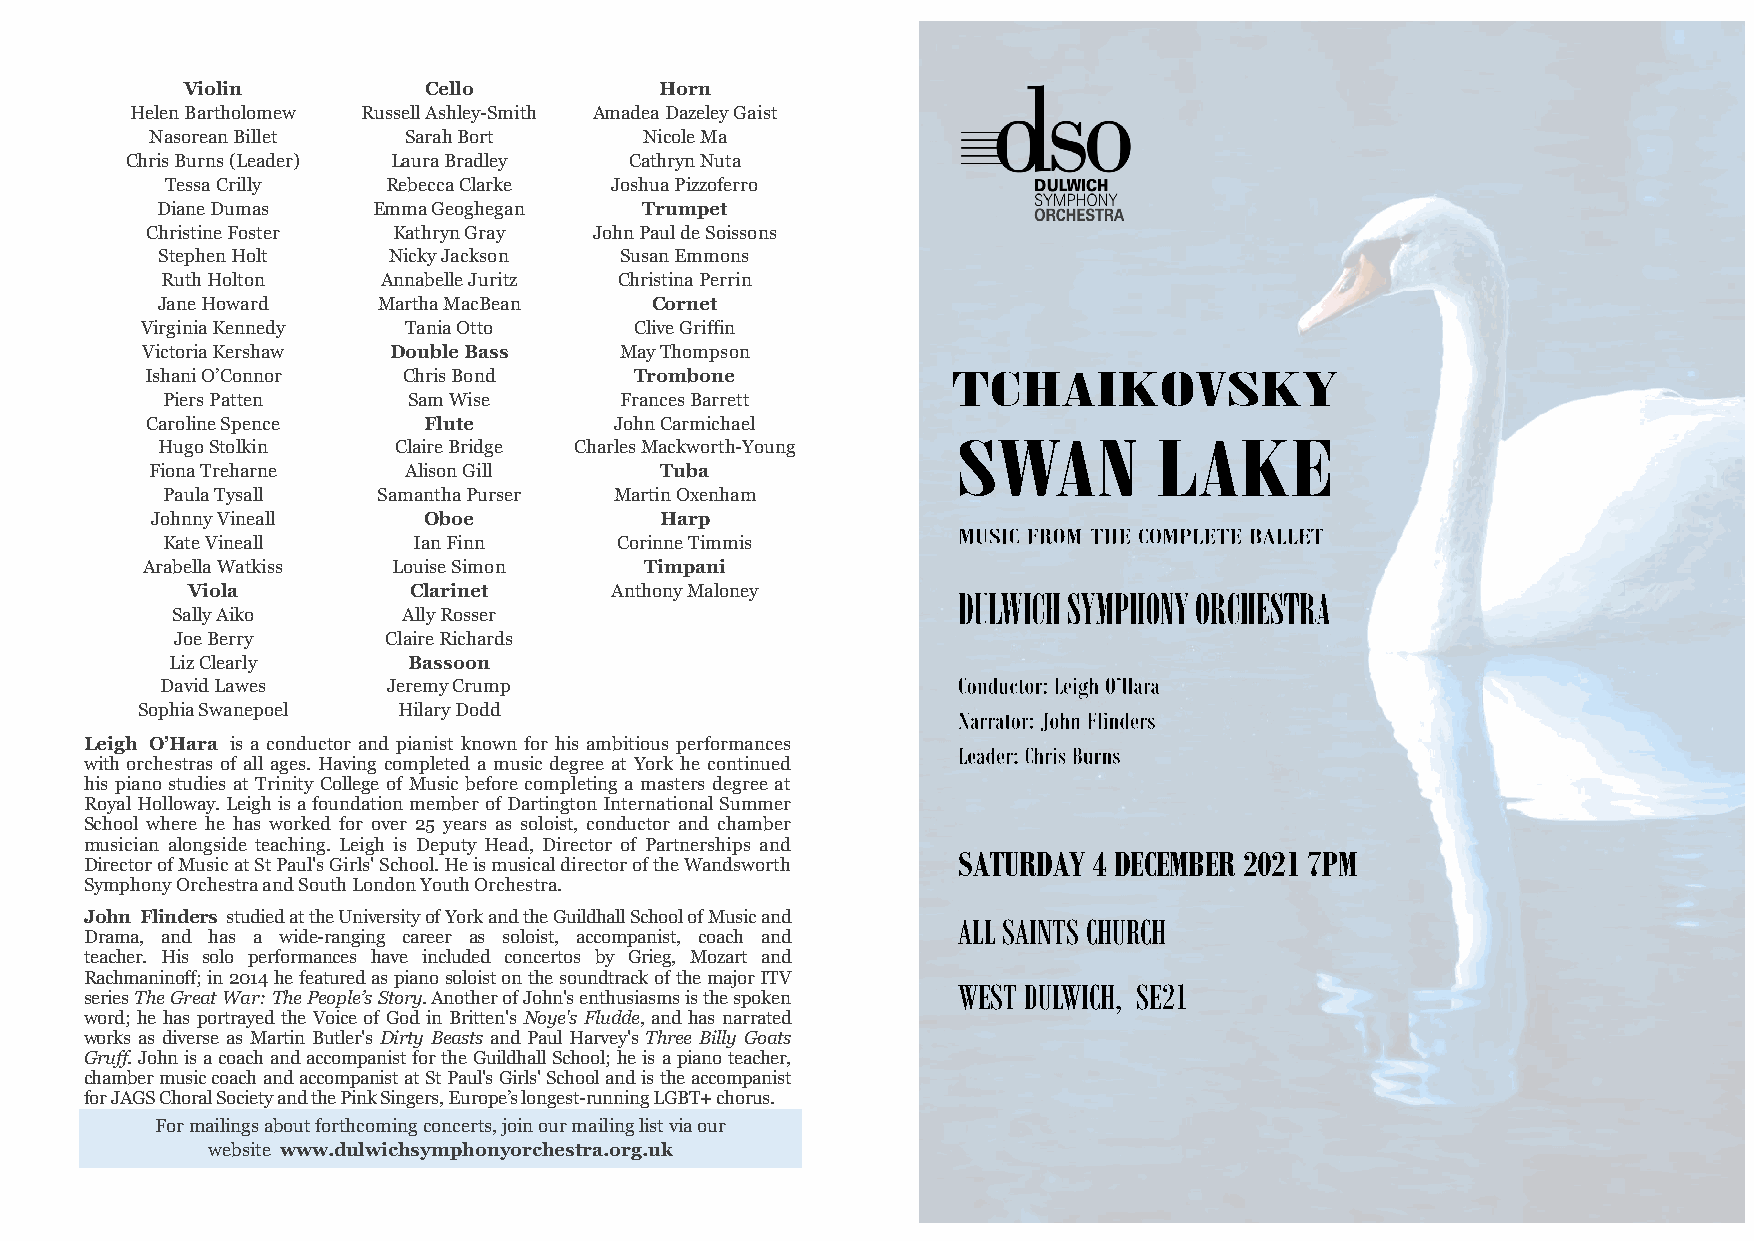
Violin          Cello           Horn
 Helen Bartholomew Russell Ashley-Smith Amadea Dazeley Gaist
 Nasorean Billet  Sarah Bort      Nicole Ma
 Chris Burns (Leader) Laura Bradley Cathryn Nuta
 Tessa Crilly   Rebecca Clarke Joshua Pizzoferro
 Diane Dumas    Emma Geoghegan    Trumpet
 Christine Foster Kathryn Gray John Paul de Soissons
 Stephen Holt    Nicky Jackson  Susan Emmons
 Ruth Holton   Annabelle Juritz Christina Perrin
 Jane Howard    Martha MacBean    Cornet
 Virginia Kennedy  Tania Otto     Clive Griffin
 Victoria Kershaw Double Bass    May Thompson
 Ishani O’Connor  Chris Bond     Trombone
 Piers Patten    Sam Wise      Frances Barrett
 Caroline Spence   Flute        John Carmichael
 Hugo Stolkin    Claire Bridge Charles Mackworth-Young
 Fiona Treharne   Alison Gill      Tuba
 Paula Tysall  Samantha Purser Martin Oxenham
 Johnny Vineall    Oboe            Harp
 Kate Vineall    Ian Finn      Corinne Timmis
 Arabella Watkiss Louise Simon     Timpani
 Viola          Clarinet     Anthony Maloney
 Sally Aiko      Ally Rosser
 Joe Berry      Claire Richards
 Liz Clearly     Bassoon
 David Lawes    Jeremy Crump
 Sophia Swanepoel Hilary Dodd
 Leigh O’Hara is a conductor and pianist known for his ambitious performances
 with orchestras of all ages. Having completed a music degree at York he continued
 his piano studies at Trinity College of Music before completing a masters degree at
 Royal Holloway. Leigh is a foundation member of Dartington International Summer
 School where he has worked for over 25 years as soloist, conductor and chamber
 musician alongside teaching. Leigh is Deputy Head, Director of Partnerships and
 SATURDAY 4 DECEMBER 2021 7PM
 Director of Music at St Paul's Girls' School. He is musical director of the Wandsworth
 Symphony Orchestra and South London Youth Orchestra.
 John Flinders studied at the University of York and the Guildhall School of Music and
 ALL SAINTS CHURCH
 Drama, and has a wide-ranging career as soloist, accompanist, coach and
 teacher. His solo performances have included concertos by Grieg, Mozart and
 Rachmaninoff; in 2014 he featured as piano soloist on the soundtrack of the major ITV
 WEST DULWICH, SE21
 series The Great War: The People’s Story. Another of John's enthusiasms is the spoken
 word; he has portrayed the Voice of God in Britten's Noye's Fludde, and has narrated
 works as diverse as Martin Butler's Dirty Beasts and Paul Harvey's Three Billy Goats
 Gruff. John is a coach and accompanist for the Guildhall School; he is a piano teacher,
 chamber music coach and accompanist at St Paul's Girls' School and is the accompanist
 for JAGS Choral Society and the Pink Singers, Europe’s longest-running LGBT+ chorus.
 For mailings about forthcoming concerts, join our mailing list via our
 website www.dulwichsymphonyorchestra.org.uk